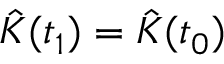
\hat { K } ( t _ { 1 } ) = \hat { K } ( t _ { 0 } )